Vaccination in Bombay 1889-1901 - 1889-1901
Year: 1889
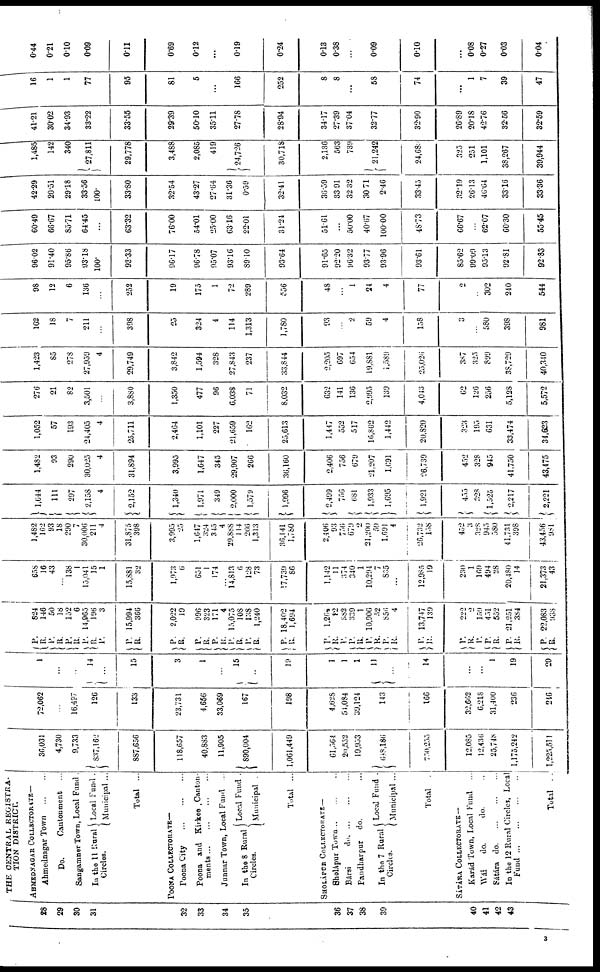
28
29
30
31
THE CENTRAL REGISTRA-
TION DISTRICT.
AHMEDNAGAR COLLECTORATE—
Ahmednagar Town
...
...
Do.
Cantonment ...
Sangamner Town, Local Fund .
In the 11 Rural
Circles.
Local Fund .
Municipal ...
Total ...
32
33
34
35
36
37
38
39
40
41
42
43
POONA COLLECTORATE—
Poona City
...
...
...
Poona and Kirkee Canton-
ments
...
...
...
...
Junnar Town, Local Fund ...
In the 8 Rural
Circles.
Local Fund .
Municipal .
Total ...
SHOLÁPUR COLLECTORATE—
Sholápur Town... ... ...
Bársi
do. ... ... ...
Pandharpur
do. ...
In the 7 Rural
Circles.
Local Fund .
Municipal ...
Total.
SÁTÁRA COLLECTORATE—
Karád Town, Local Fund
...
Wái
do.
do. ..
Sátára
do.
...
...
...
In the 12 Rural Circles, Local
Fund
...
...
...
...
Total
...
36,031
4,730
9,733
837,162
887,656
118,657
40,883
11,905
890,004
1,061,449
61,564
20,552
19,953
648,186
750,255
12,085
12,436
25,748
1,175,242
1,225,511
72,062
...
16,497
126
133
23,731
4,656
33,069
167
198
4,628
54,084
39,124
143
166
32,662
6,218
31,400
236
246
1
...
..
14
...
15
3
1
...
15
19
1
1
1
11
...
14
...
...
1
19
20
P.
R.
P.
R.
P.
R.
P.
R.
P.
P.
R.
P.
R.
P.
R. P.
R.
P.
R.
P.
R.
P.
R.
P.
R.
P.
P.
R.
P.
R.
P.
R.
P.
R.
P.
R.
P.
P.
R.
P.
R.
P.
R.
824
146
50
18
152
6
14,965
196
3
15,994
366
2,022
19
996
323
171
4
15,075
108
138
1,240
18,402
1,694
l,264
82
382
339
1
10,906
52
856
4
13,747
139
222
2
159
451
552
21,251
384
22,083
938
658
16
43
...
138
1
15,041
15
1
15,881
32
1,973
6
651
1
174
...
14,813
6
128
73
17,739
86
1,142
11
374
340
1
10,294
7
835
...
12,985
19
230
1
169
494
28
20,480
14
21,373
43
1,482
162
93
18
290
7
30,006
211
4
31,875
398
3,995
25
1,647
324
345
4
29,888
114
266
1,313
36,141
1,780
2,406
93
756
679
2
21,200
59
1,691
4
26,732
158
452
3
328
945
580
41,731
398
43,456
981
1,644
111
297
2,158
4
2,152
1,340
1,971
349
2,000
1,579
1,996
2,499
756
681
1,933
1,695
1,921
455
328
1,525
2,217
2,221
1,482
93
290
30,025
4
31,894
3,995
1,647
345
29,907
266
36,160
2,406
756
679
21,207
1,691
26,739
452
328
945
41,750
43,475
1,052
57
193
24,405
4
25,711
2,464
1,101
227
21,659
162
25,613
1,447
552
517
16,862
1,442
20,820
323
195
631
33,474
34,623
276
21
82
3,501
...
3,880
1,350
477
96
6,038
71
8,032
632
141
136
2,995
139
4,043
62
126
256
5,128
5,572
1,423
85
278
27,959
4
29,749
3,842
1,594
328
27,843
237
33,844
2,205
697
654
19,881
1,589
25,026
387
325
899
38,729
40,340
162
18
7
211
...
398
25
324
4
114
1,313
1,780
93
...
2
59
4
158
3
...
580
398
981
98
12
6
136
...
252
19
175
1
72
289
556
48
...
1
24
4
77
2
...
302
240
544
96.02
91.40
95.86
93.18
100.
93.33
96.17
96.78
95.07
93.16
89.10
93.64
91.65
92.20
96.32
93.77
93.96
93.61
85.62
99.09
95.13
92.81
92.83
60.49
66.67
85.71
64.45
...
63.32
76.00
54.01
25.00
63.16
22.01
31.24
51.61
...
50.00
40.67
100.00
48.73
66.67
...
62.07
60.30
55.45
42.29
20.51
29.18
33.56
100.
33.80
32.54
43.27
27.64
31.36
0.59
32.41
36.59
33.91
32.32
30.71
2.46
33.45
32.19
26.13
46.64
33.16
33.36
1,485
142
340
27,811
29,778
3,488
2,085
419
24,726
30,718
2,136
563
739
21,242
24,683
325
251
1,101
38,267
39,944
41.21
30.02
34.93
33.22
33.55
29.39
50.10
35.11
27.78
28.94
34.17
27.39
37.04
32.77
32.90
26.89
20.18
42.76
32.56
32.59
16
1
1
77
95
81
5
...
166
252
8
8
...
58
74
...
1
7
39
47
0.44
0.21
0.10
0.09
0.11
0.69
0.12
...
0.19
0.24
0.13
0.38
...
0.09
0.10
...
0.08
0.27
0.03
0.04
3